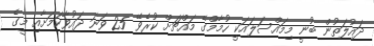
ދައުލަތުން ބުނީ މިމައްސަލައަކީ ހުމާމްގެ މައްޗަށް ކުރެވޭ 25 ވަނަ ދައުވާކަމަށާއި މީގެ